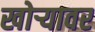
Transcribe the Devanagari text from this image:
खोर्‍यावर